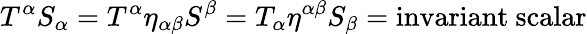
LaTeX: T^{\alpha}S_{\alpha}=T^{\alpha}\eta_{\alpha\beta}S^{\beta}=T_{\alpha}\eta^{\alpha\beta}S_{\beta}={\mathrm{invariant~scalar}}